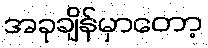
အခုချိန်မှာတော့